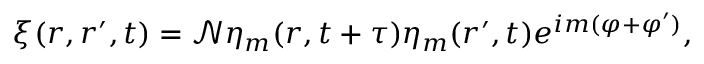
\xi ( \boldsymbol { r } , \boldsymbol { r } ^ { \prime } , t ) = \mathcal { N } \eta _ { m } ( \boldsymbol { r } , t + \tau ) \eta _ { m } ( \boldsymbol { r } ^ { \prime } , t ) e ^ { i m ( \varphi + \varphi ^ { \prime } ) } ,